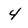
Character: 4